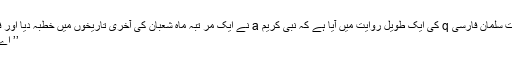
حضرت سلمان فارسی q کی ایک طویل روایت میں آیا ہے کہ نبی کریم a نے ایک مر تبہ ماہِ شعبان کی آخری تاریخوں میں خطبہ دیا اور فرمایا:
’’ اے لوگو!